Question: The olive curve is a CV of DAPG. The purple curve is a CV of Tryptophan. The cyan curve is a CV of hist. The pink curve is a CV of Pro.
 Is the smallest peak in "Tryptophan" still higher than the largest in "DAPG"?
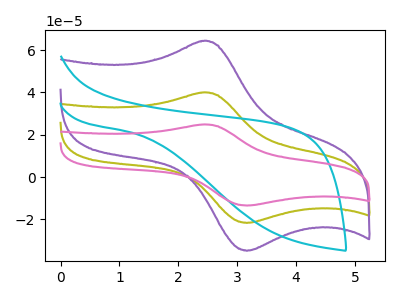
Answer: <think>The olive curve "DAPG" has an anodic peak at (2.45V, 40.00uA) and a cathodic peak at (3.15V, -21.65uA). The purple curve "Tryptophan" has an anodic peak at (2.45V, 64.35uA) and a cathodic peak at (3.15V, -34.80uA). The cyan curve "hist" has no peaks. The pink curve "Pro" has an anodic peak at (2.45V, 79.95uA) and a cathodic peak at (3.15V, -43.25uA).</think>
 <answer>Every peak in "Tryptophan" is higher than every peak in "DAPG".</answer>
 <eval>higher</eval>